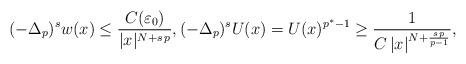
LaTeX: \begin{align*}(-\Delta_p)^s w(x)\leq \frac{C(\varepsilon_0)}{|x|^{N+s\,p}},(-\Delta_p)^s U(x)= U(x)^{p^*-1}\geq \frac{1}{C\,|x|^{N+\frac{s\,p}{p-1}}},\end{align*}